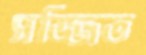
সজ্জিত